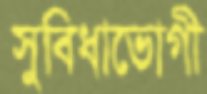
সুবিধাভোগী